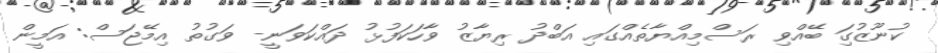
ކުނޫޒުގަި ބޭއްވި ރަސްމިއްޔާތެއްގައި އަބްދު ރިޔާޒު ވާހަކަފުޅު ދައްކަވަނީ- ވަގުތު އިމޭޖަސް: އަމީން